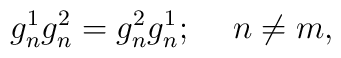
g_n^1 g_n^2 = g_n^2 g_n^1; \hspace{0.5cm} n \neq m,